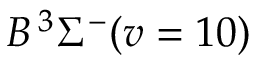
B \, { } ^ { 3 } \Sigma ^ { - } ( v = 1 0 )